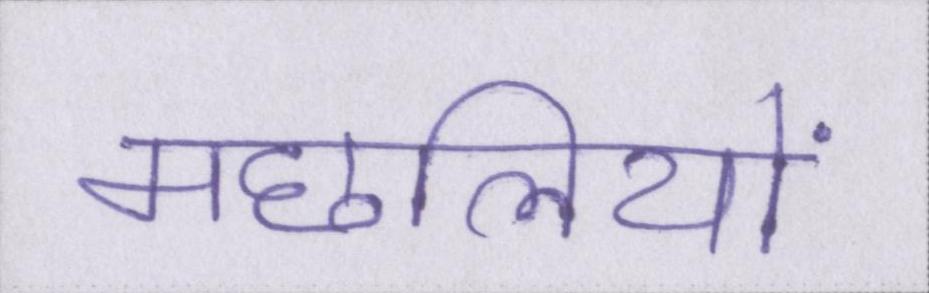
मछलियों